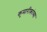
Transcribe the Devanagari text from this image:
कुमारीकांच्या